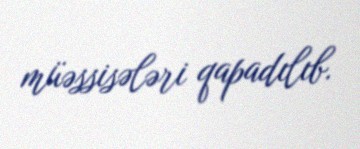
müəssisələri qapadılıb.